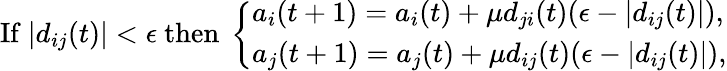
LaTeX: \begin{array}{r}{\mathrm{If~}|d_{ij}(t)|<\epsilon\mathrm{~then~}\left\{ \begin{array}{ll}{a_{i}(t+1)=a_{i}(t)+\mu d_{ji}(t)(\epsilon-|d_{ij}(t)|),}\\ {a_{j}(t+1)=a_{j}(t)+\mu d_{ij}(t)(\epsilon-|d_{ij}(t)|),}\end{array}\right.}\end{array}